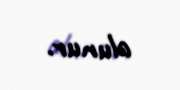
olunur.